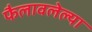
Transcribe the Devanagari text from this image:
फैलावलेल्या